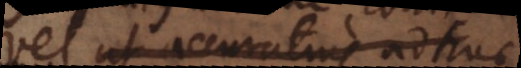
vel ut accuratius adhuc